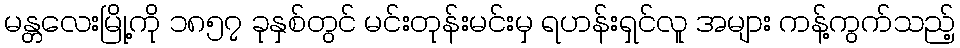
မန္တလေးမြို့ကို ၁၈၅၇ ခုနှစ်တွင် မင်းတုန်းမင်းမှ ရဟန်းရှင်လူ အများ ကန့်ကွက်သည့်